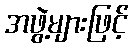
အဖွဲ့များဖြင့်